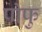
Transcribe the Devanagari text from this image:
पोफु